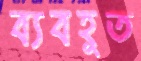
ব্যবহূত